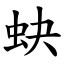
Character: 蚗